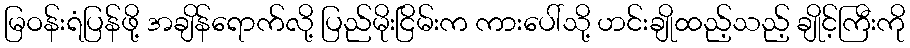
မြဝန်းရံပြန်ဖို့ အချိန်ရောက်လို့ ပြည်မိုးငြိမ်းက ကားပေါ်သို့ ဟင်းချိုထည့်သည့် ချိုင့်ကြီးကို